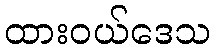
ထားဝယ်ဒေသ